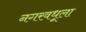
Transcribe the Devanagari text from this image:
नगरवधूला